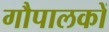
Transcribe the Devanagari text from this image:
गौपालकों